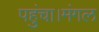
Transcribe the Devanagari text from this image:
पहुंचा।मंगल